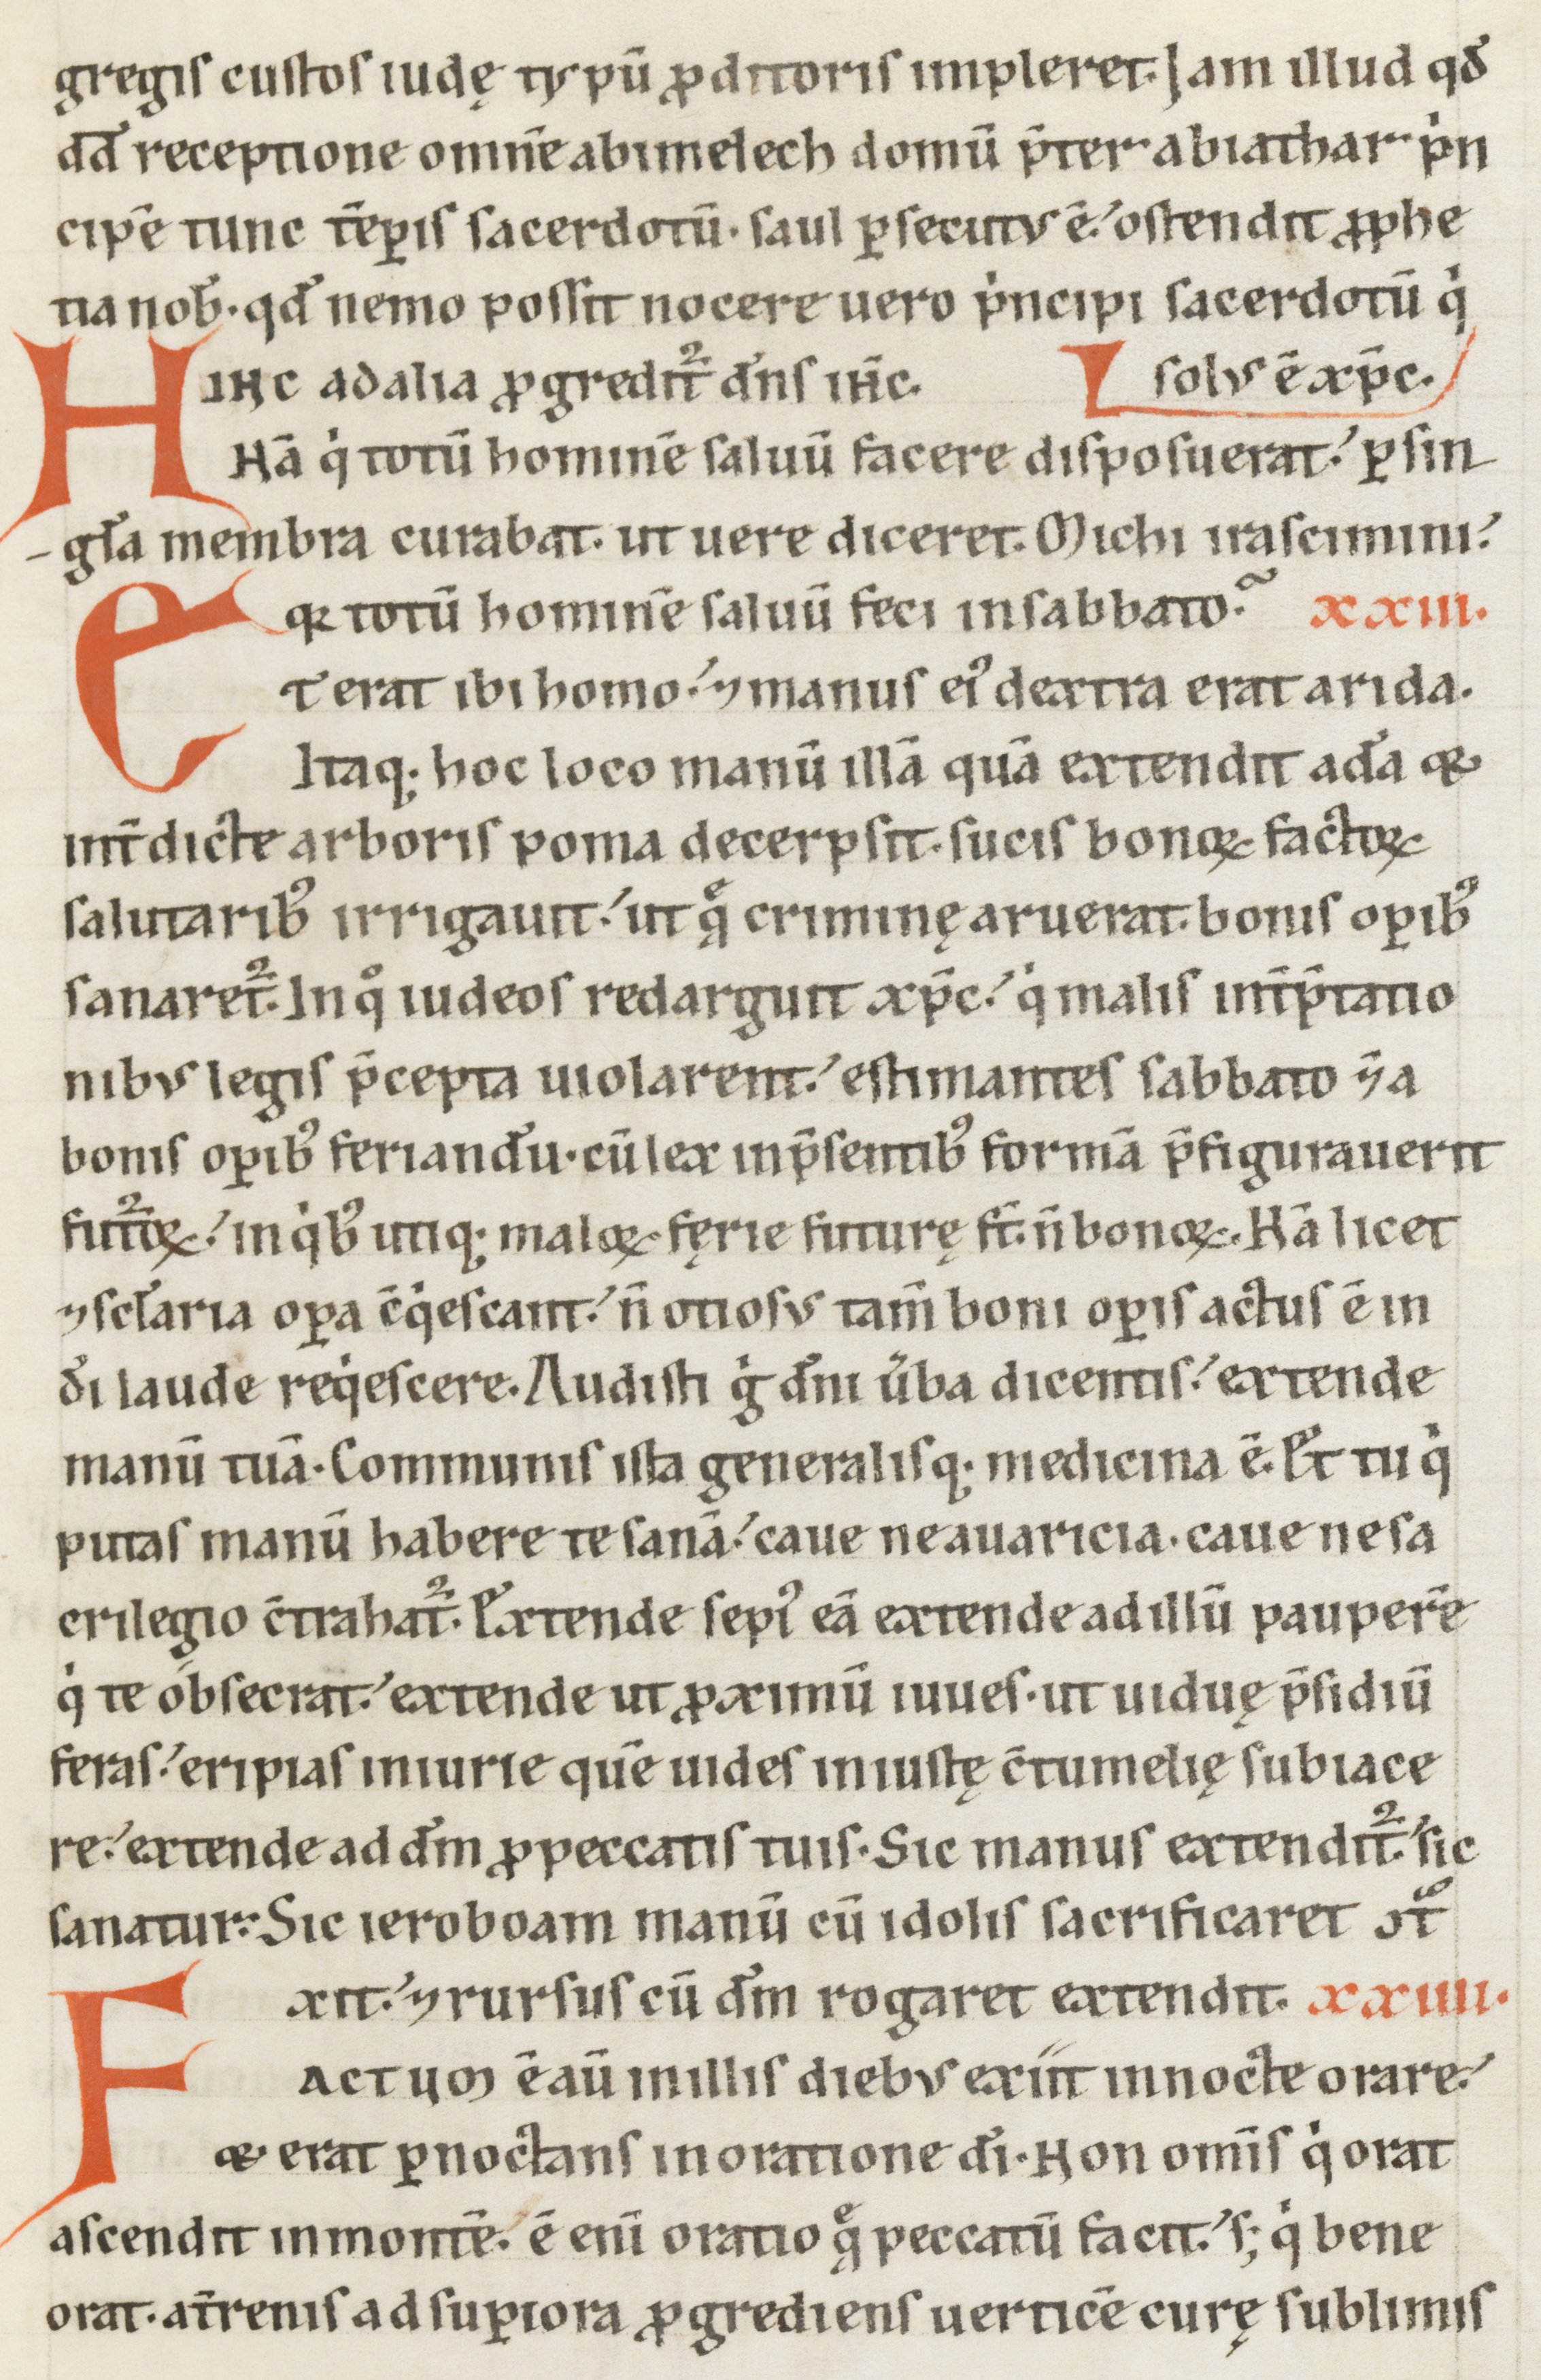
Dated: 1100–1199